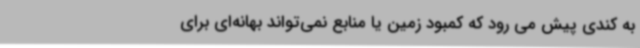
به کندی پیش می رود که کمبود زمین یا منابع نمی‌تواند بهانه‌ای برای